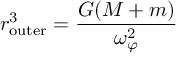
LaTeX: r _ { \mathrm { o u t e r } } ^ { 3 } = { \frac { G ( M + m ) } { \omega _ { \varphi } ^ { 2 } } }